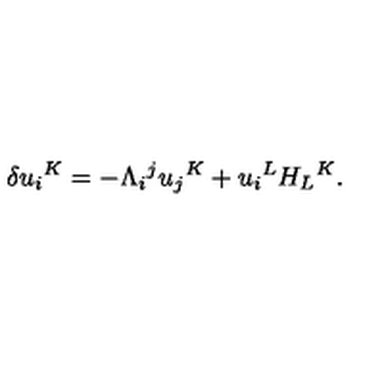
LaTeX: \delta u _ { i } { } ^ { K } = - \Lambda _ { i } { } ^ { j } u _ { j } { } ^ { K } + u _ { i } { } ^ { L } H _ { L } { } ^ { K } .